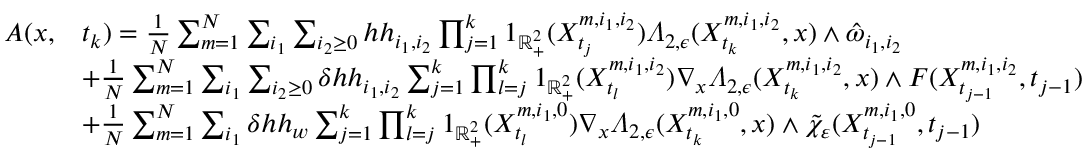
\begin{array} { r l } { A ( x , } & { t _ { k } ) = \frac { 1 } { N } \sum _ { m = 1 } ^ { N } \sum _ { i _ { 1 } } \sum _ { i _ { 2 } \geq 0 } h h _ { i _ { 1 } , i _ { 2 } } \prod _ { j = 1 } ^ { k } 1 _ { \mathbb { R } _ { + } ^ { 2 } } ( X _ { t _ { j } } ^ { m , i _ { 1 } , i _ { 2 } } ) \varLambda _ { 2 , \epsilon } ( X _ { t _ { k } } ^ { m , i _ { 1 } , i _ { 2 } } , x ) \wedge \hat { \omega } _ { i _ { 1 } , i _ { 2 } } } \\ & { + \frac { 1 } { N } \sum _ { m = 1 } ^ { N } \sum _ { i _ { 1 } } \sum _ { i _ { 2 } \geq 0 } \delta h h _ { i _ { 1 } , i _ { 2 } } \sum _ { j = 1 } ^ { k } \prod _ { l = j } ^ { k } 1 _ { \mathbb { R } _ { + } ^ { 2 } } ( X _ { t _ { l } } ^ { m , i _ { 1 } , i _ { 2 } } ) \nabla _ { x } \varLambda _ { 2 , \epsilon } ( X _ { t _ { k } } ^ { m , i _ { 1 } , i _ { 2 } } , x ) \wedge F ( X _ { t _ { j - 1 } } ^ { m , i _ { 1 } , i _ { 2 } } , t _ { j - 1 } ) } \\ & { + \frac { 1 } { N } \sum _ { m = 1 } ^ { N } \sum _ { i _ { 1 } } \delta h h _ { w } \sum _ { j = 1 } ^ { k } \prod _ { l = j } ^ { k } 1 _ { \mathbb { R } _ { + } ^ { 2 } } ( X _ { t _ { l } } ^ { m , i _ { 1 } , 0 } ) \nabla _ { x } \varLambda _ { 2 , \epsilon } ( X _ { t _ { k } } ^ { m , i _ { 1 } , 0 } , x ) \wedge \tilde { \chi } _ { \varepsilon } ( X _ { t _ { j - 1 } } ^ { m , i _ { 1 } , 0 } , t _ { j - 1 } ) } \end{array}